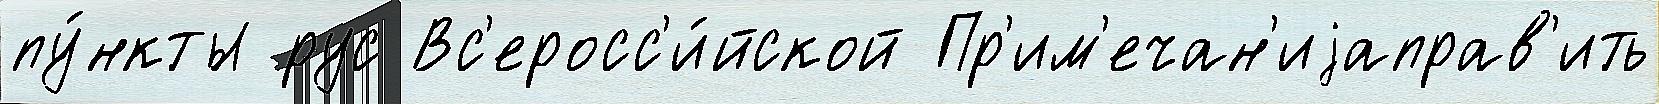
пу́нкты рус Вс'еросс'и́йской Пр'им'ечан'иjаправ'ить